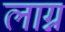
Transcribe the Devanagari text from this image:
लाग्न